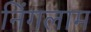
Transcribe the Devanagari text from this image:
निंगलाम